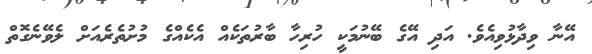
އޭނާ ވިދާޅުވިއެވެ. އަދި އޭގެ ބޭނުމަކީ ހުރިހާ ބާރުތަކެއް އެކެއްގެ މުށުތެރެއަށް ލެވޭނެގޮތް